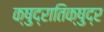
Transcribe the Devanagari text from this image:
क्षुद्रातिक्षुद्र